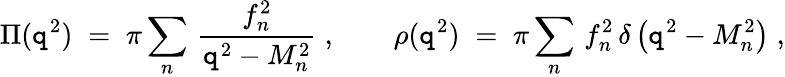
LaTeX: \Pi(\mathtt{q}^{2})\; =\; \pi\sum_{n}\, \frac{{f_{n}^{2}}}{{\mathtt{q}^{2}-M_{n}^{2}}}\; ,\qquad\rho(\mathtt{q}^{2})\; =\; \pi\sum_{n}\, f_{n}^{2}\, \delta\left(\mathtt{q}^{2}-M_{n}^{2}\right)\; ,